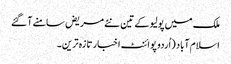
ملک میں پولیو کے تین نئے مریض سامنے آ گئے
اسلام آباد (اُردو پوائنٹ اخبار تازہ ترین۔